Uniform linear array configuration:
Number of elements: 32
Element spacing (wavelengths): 0.75
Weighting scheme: hamming
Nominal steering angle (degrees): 0
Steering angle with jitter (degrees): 0.8752
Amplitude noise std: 0.05
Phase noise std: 0.05

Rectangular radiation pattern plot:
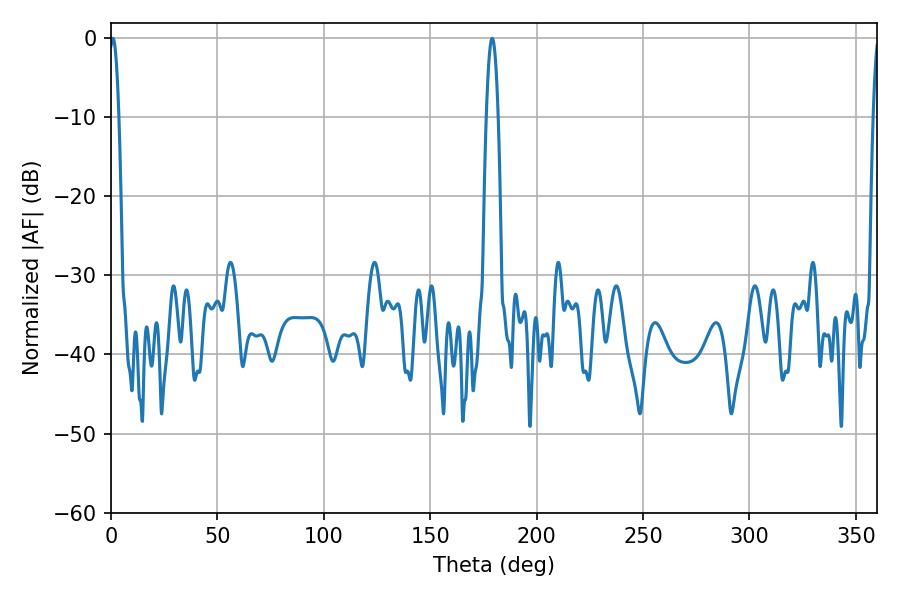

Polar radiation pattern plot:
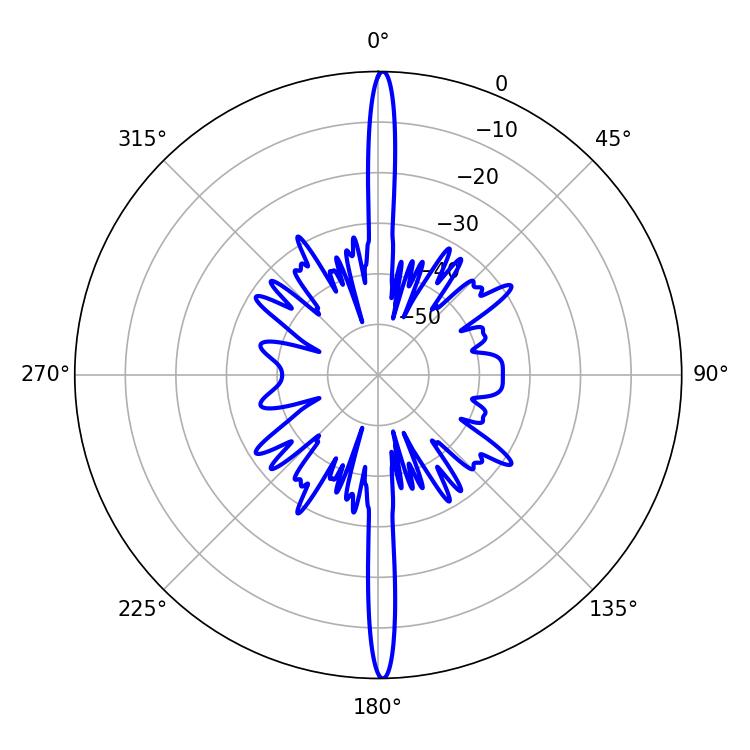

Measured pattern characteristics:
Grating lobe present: TRUE
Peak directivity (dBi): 30.182
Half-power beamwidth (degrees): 2.34
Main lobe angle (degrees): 0.9